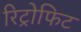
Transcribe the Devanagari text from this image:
रिट्रोफिट